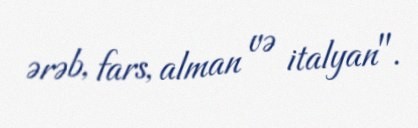
ərəb, fars, alman və italyan".